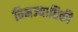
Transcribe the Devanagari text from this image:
विमज्यातिकी